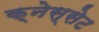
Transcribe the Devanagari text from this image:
क्नेस्सेट